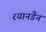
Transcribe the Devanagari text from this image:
रयानडैन